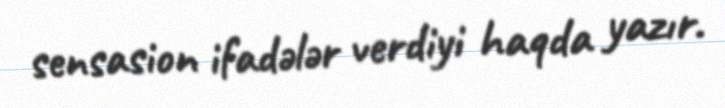
sensasion ifadələr verdiyi haqda yazır.